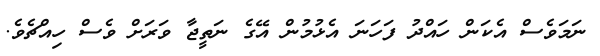
ނަމަވެސް އެކަން ހައްދު ފަހަނަ އެޅުމުން އޭގެ ނަތީޖާ ވަރަށް ވެސް ހިއްޗެވެ.